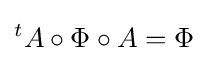
{}^{t}A\circ \Phi \circ A=\Phi